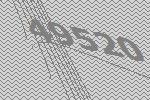
49520